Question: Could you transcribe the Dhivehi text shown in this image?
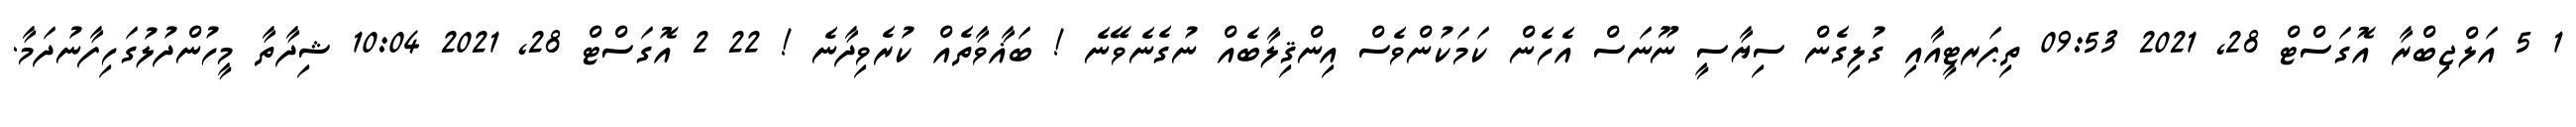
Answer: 1 5 އަލްޖިބްރާ އޮގަސްޓް 28, 2021 09:53 ތިޕަރޓީއާއި ގުލިގެން ސިޔާސީ ނޫނަސް އެހެން ކަމަކުންވެސް އިންޤިލާބެއް ނުގެނެވޭނެ ! ބަޣާވާތެއް ކުރެވިދާނެ ! 22 2 އޮގަސްޓް 28, 2021 10:04 ޝިދާތާ މީހުންދުލުގަހިފާނުދަމާ.